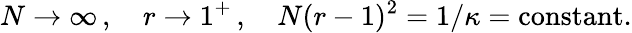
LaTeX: N\rightarrow\infty\, ,\quad r\rightarrow 1^{+}\, ,\quad N(r-1)^{2}=1/\kappa=\mathrm{constant}.